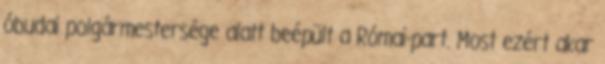
óbudai polgármestersége alatt beépült a Római-part. Most ezért akar